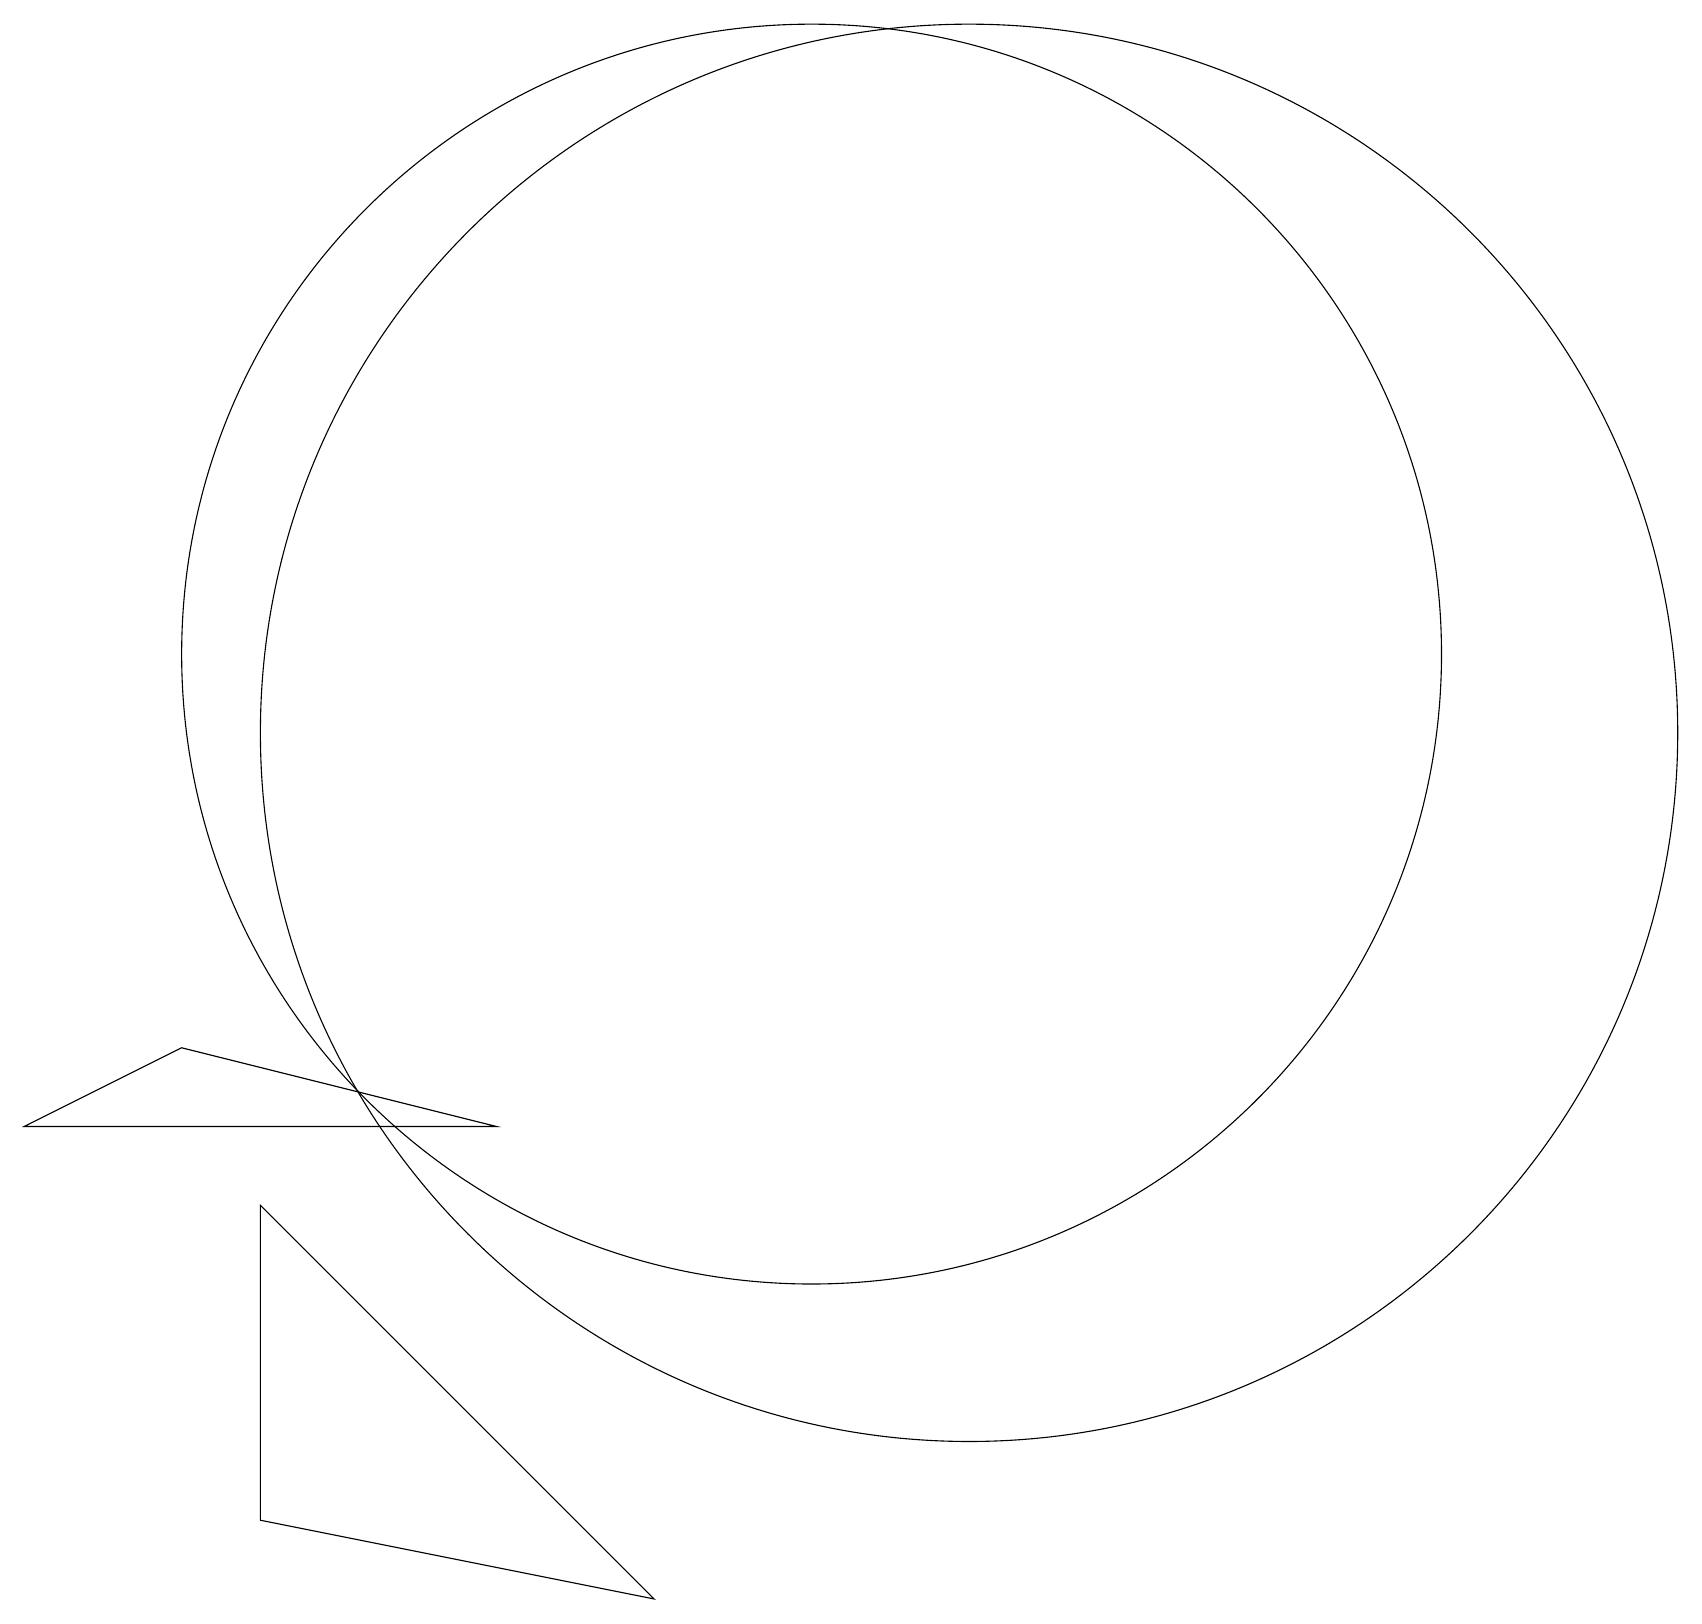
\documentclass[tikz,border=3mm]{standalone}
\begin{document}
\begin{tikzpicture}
\draw (3,5) -- (3,1) -- (8,0) -- cycle;
\draw (10,12) circle (8);
\draw (12,11) circle (9);
\draw (6,6) -- (0,6) -- (2,7) -- cycle;
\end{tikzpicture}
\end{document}